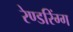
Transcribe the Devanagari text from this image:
रेण्डरिंग्ग